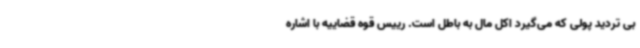
بی تردید پولی که می‌گیرد اکل مال به باطل است. رییس قوه قضاییه با اشاره